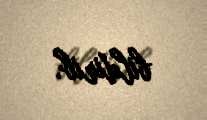
bildirib.